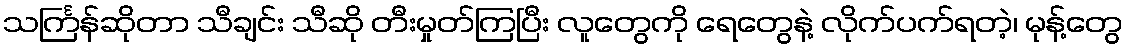
သင်္ကြန်ဆိုတာ သီချင်း သီဆို တီးမှုတ်ကြပြီး လူတွေကို ရေတွေနဲ့ လိုက်ပက်ရတဲ့၊ မုန့်တွေ